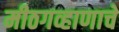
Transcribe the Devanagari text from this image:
मीठगव्हाणाचे